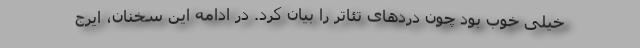
خیلی خوب بود چون دردهای تئاتر را بیان کرد. در ادامه این سخنان، ایرج